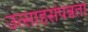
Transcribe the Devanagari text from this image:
उत्साहसंपन्नता